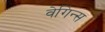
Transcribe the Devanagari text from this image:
वेगिन्स